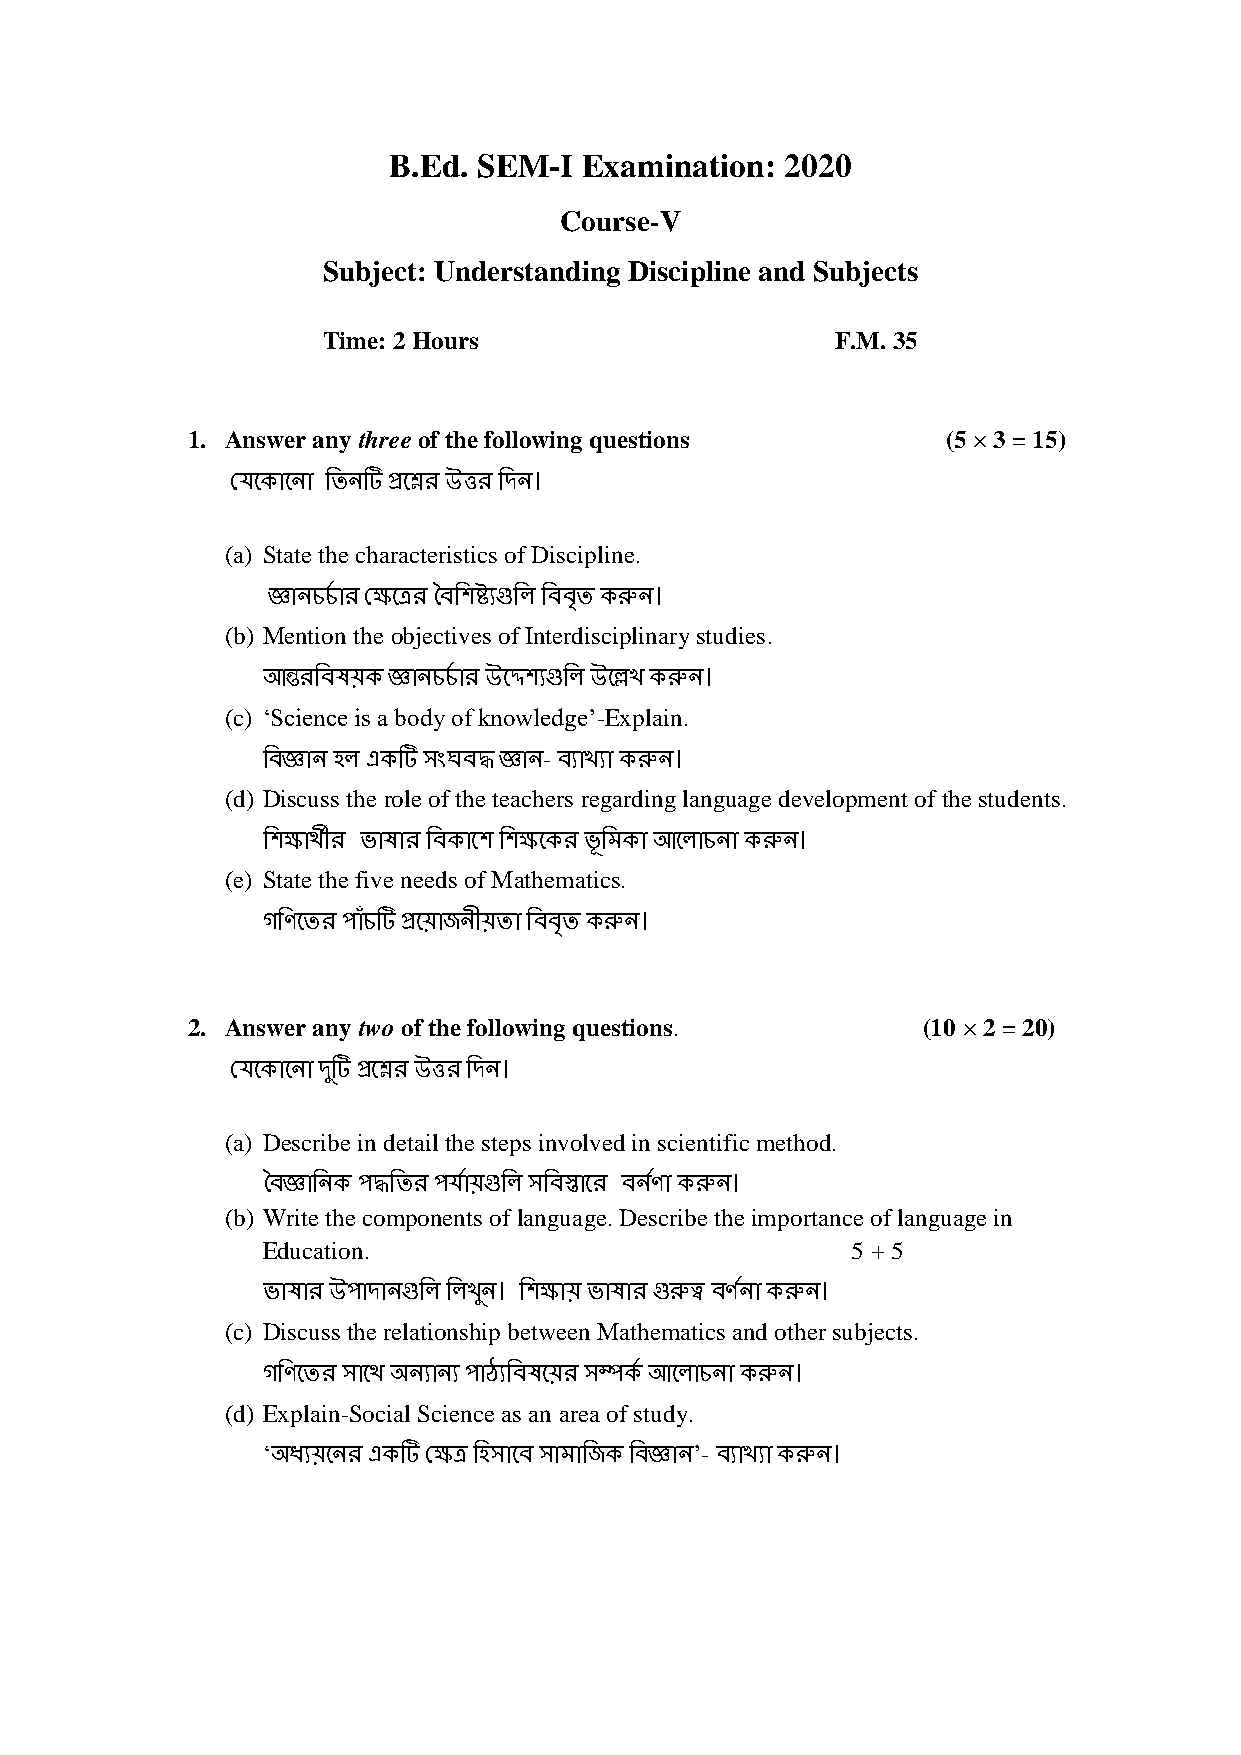
B.Ed. SEM-I  Examination: 2020
 Course-V
 Subject: Understanding Discipline and Subjects
 Time: 2 Hours                     F.M. 35
 1. Answer any three of the following questions     (5 × 3 = 15)
 যেক োক ো তি টি প্রকের উত্তর তি ।
 (a) State the characteristics of Discipline.
 জ্ঞো চচচ োর যেকের বৈতিষ্ট্যগুতি তৈৈৃি রু ।
 (b) Mention the objectives of Interdisciplinary studies.
 আন্তরতৈষয় জ্ঞো চচচ োর উকেিযগুতি উকেখ রু ।
 (c) ‘Science is a body of knowledge’-Explain.
 তৈজ্ঞো হি এ টি সংঘৈদ্ধ জ্ঞো - ৈযোখযো রু ।
 (d) Discuss the role of the teachers regarding language development of the students.
 তিেোর্থীর ভোষোর তৈ োকি তিেক র ভূতি ো আকিোচ ো রু ।
 (e) State the five needs of Mathematics.
 গতিকির পোাঁচটি প্রকয়োজ ীয়িো তৈৈৃি রু ।
 2. Answer any two of the following questions.    (10 × 2 = 20)
 যেক োক ো িটিু প্রকের উত্তর তি ।
 (a) Describe in detail the steps involved in scientific method.
 বৈজ্ঞোত পদ্ধতির পেচোয়গুতি সতৈস্তোকর ৈ চিো রু ।
 (b) Write the components of language. Describe the importance of language in
 Education.                             5 + 5
 ভোষোর উপোিো গুতি তিখ ু । তিেোয় ভোষোর গুরুত্ব ৈিচ ো রু ।
 (c) Discuss the relationship between Mathematics and other subjects.
 গতিকির সোকর্থ অ যো য পোঠ্যতৈষকয়র সম্প চ আকিোচ ো রু ।
 (d) Explain-Social Science as an area of study.
 ‘অধ্যয়ক র এ টি যেে তহসোকৈ সোিোতজ তৈজ্ঞো ’- ৈযোখযো রু ।